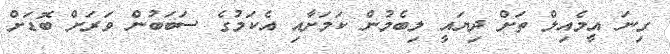
ގިނަ އީމެއިލް ތަށް ދިޔައީ ލިބެމުން ކަމަށާއި އެކަމުގެ ސަބަބުން ވަރަށް ބޮޑަށް